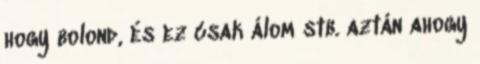
hogy bolond, és ez csak álom stb. aztán ahogy